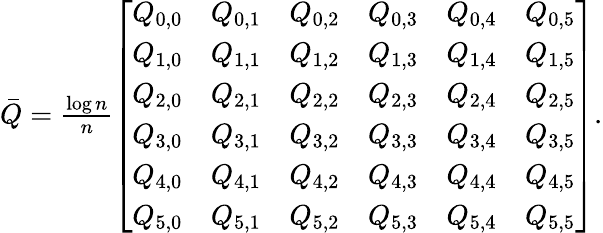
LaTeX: \begin{array}{r}{\bar{Q}=\frac{\log n}{n}\left[\begin{array}{llllll}{Q_{0,0}}&{Q_{0,1}}&{Q_{0,2}}&{Q_{0,3}}&{Q_{0,4}}&{Q_{0,5}}\\ {Q_{1,0}}&{Q_{1,1}}&{Q_{1,2}}&{Q_{1,3}}&{Q_{1,4}}&{Q_{1,5}}\\ {Q_{2,0}}&{Q_{2,1}}&{Q_{2,2}}&{Q_{2,3}}&{Q_{2,4}}&{Q_{2,5}}\\ {Q_{3,0}}&{Q_{3,1}}&{Q_{3,2}}&{Q_{3,3}}&{Q_{3,4}}&{Q_{3,5}}\\ {Q_{4,0}}&{Q_{4,1}}&{Q_{4,2}}&{Q_{4,3}}&{Q_{4,4}}&{Q_{4,5}}\\ {Q_{5,0}}&{Q_{5,1}}&{Q_{5,2}}&{Q_{5,3}}&{Q_{5,4}}&{Q_{5,5}}\end{array}\right].}\end{array}